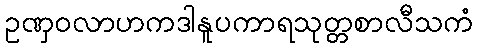
ဥဏှဝလာဟကဒါနူပကာရသုတ္တစာလီသကံ